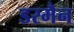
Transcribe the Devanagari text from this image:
डरमैन